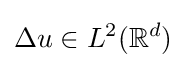
\Delta u\in L^{2}(\mathbb {R} ^{d})